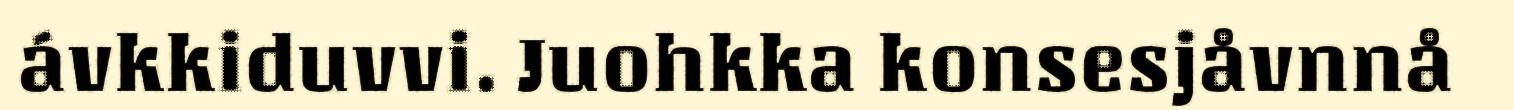
ávkkiduvvi. Juohkka konsesjåvnnå